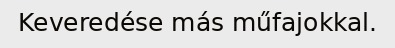
Keveredése más műfajokkal.